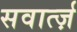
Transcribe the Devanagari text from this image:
सवार्त्ज़